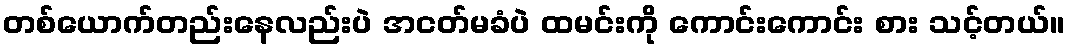
တစ်ယောက်တည်းနေလည်းပဲ အငတ်မခံပဲ ထမင်းကို ကောင်းကောင်း စား သင့်တယ်။